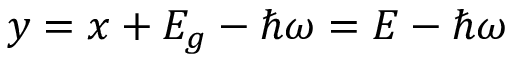
y = x + E _ { g } - \hbar \omega = E - \hbar \omega